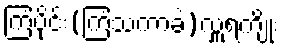
ကြံပိုင်း(ကြံသကာခဲ)လှူရကျိုး